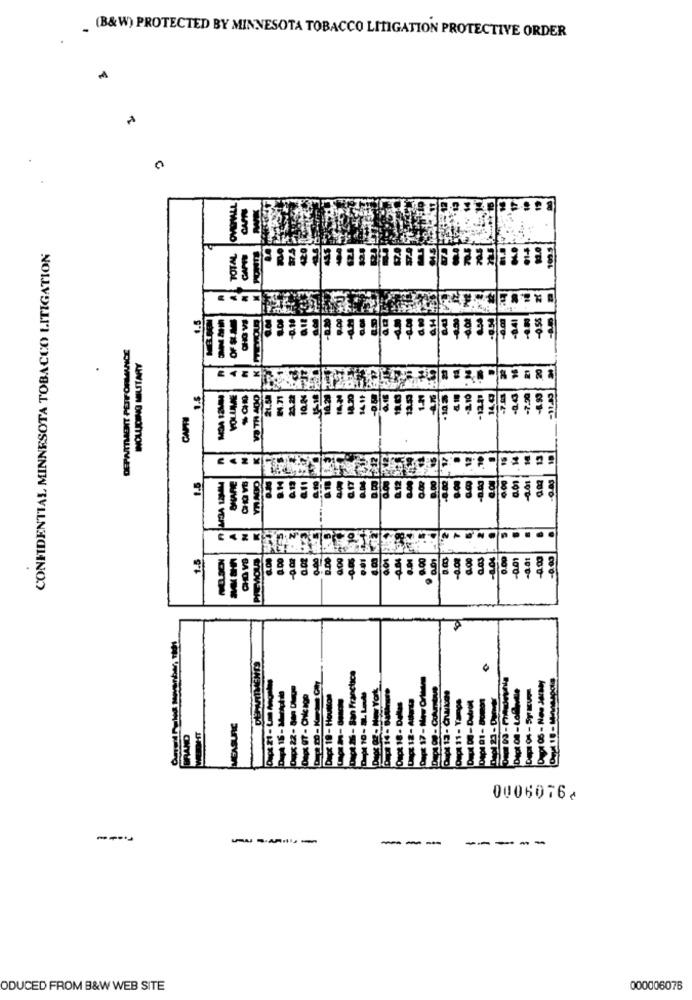
. (B&W) PROTECTED BY MINNESOTA TOBACCO LITIGATION PROTECTIVE ORDER
CONFIDENTIAL MINNESOTA TOBACCO LITIGATION
AWVINEN DNIOMON
CON MA
1.5
0006076⑇
----
---
----
ODUCED FROM B&W WEB SITE
000006076